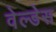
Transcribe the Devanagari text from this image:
वेल्‍डेस